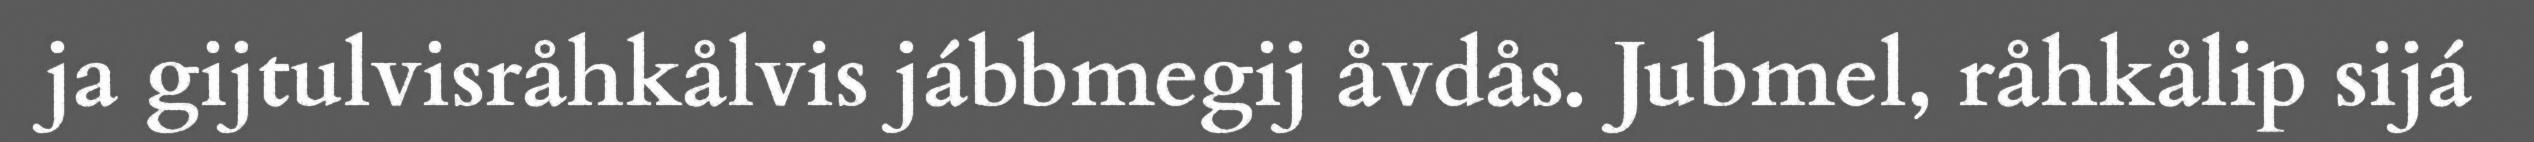
ja gijtulvisråhkålvis jábbmegij åvdås. Jubmel, råhkålip sijá